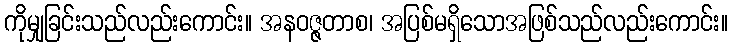
ကိုမျှခြင်းသည်လည်းကောင်း။ အနဝဇ္ဇတာစ၊ အပြစ်မရှိသောအဖြစ်သည်လည်းကောင်း။